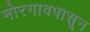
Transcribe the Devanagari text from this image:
मोरगावपासून